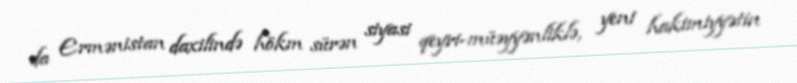
da Ermənistan daxilində hökm sürən siyasi qeyri-müəyyənliklə, yeni hakimiyyətin